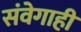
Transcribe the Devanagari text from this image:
संवेगाही